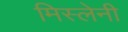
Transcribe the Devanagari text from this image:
मिस्लेनी